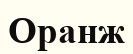
Оранж